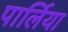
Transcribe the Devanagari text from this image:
पार्लिया